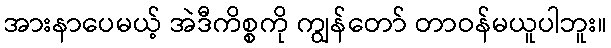
အားနာပေမယ့် အဲဒီကိစ္စကို ကျွန်တော် တာဝန်မယူပါဘူး။